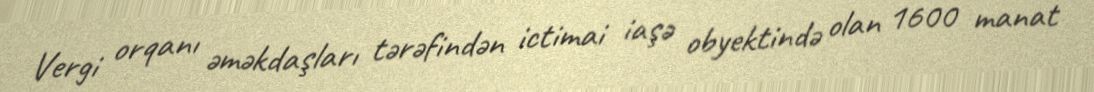
Vergi orqanı əməkdaşları tərəfindən ictimai iaşə obyektində olan 1600 manat